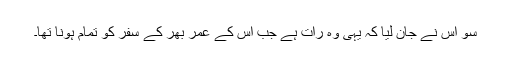
سو اس نے جان لیا کہ یہی وہ رات ہے جب اس کے عمر بھر کے سفر کو تمام ہونا تھا۔